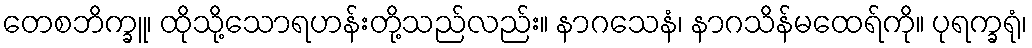
တေစဘိက္ခူ၊ ထိုသို့သောရဟန်းတို့သည်လည်း။ နာဂသေနံ၊ နာဂသိန်မထေရ်ကို။ ပုရက္ခရုံ၊